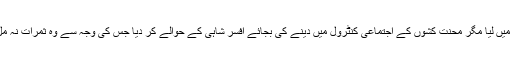
صنعتوں کو قومی ملکیت میں لیا مگر محنت کشوں کے اجتماعی کنٹرول میں دینے کی بجائے افسر شاہی کے حوالے کر دیا جس کی وجہ سے وہ ثمرات نہ مل سکے جن کی توقع تھی۔